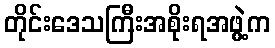
တိုင်းဒေသကြီးအစိုးရအဖွဲ့က